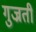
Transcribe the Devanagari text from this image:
गुज्रती